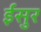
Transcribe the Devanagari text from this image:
ईसुर